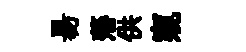
昜藩供窺